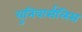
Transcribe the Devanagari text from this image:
युनिवार्सलिस